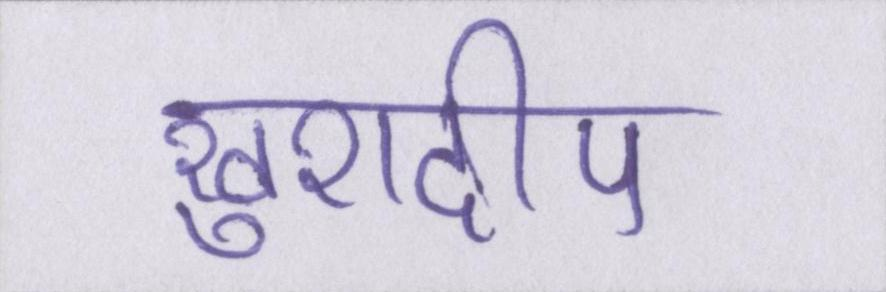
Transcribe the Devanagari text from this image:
खुशदीप